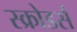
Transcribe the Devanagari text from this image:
स्क्रोडर्स